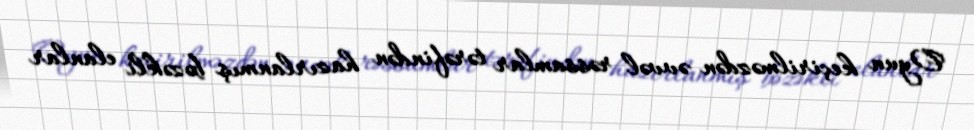
Oyun keçirilməzdən əvvəl rəssamlar tərəfindən hazırlanmış bəzəkli elanlar